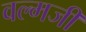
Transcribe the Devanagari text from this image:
वल्मजी